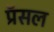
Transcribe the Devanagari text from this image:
प्रॅसल